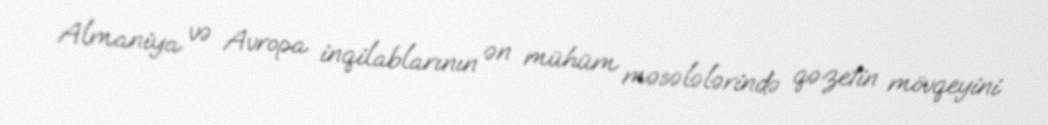
Almaniya və Avropa inqilablarının ən mühüm məsələlərində qəzetin mövqeyini